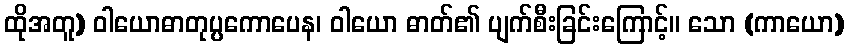
ထိုအတူ) ဝါယောဓာတုပ္ပကောပေန၊ ဝါယော ဓာတ်၏ ပျက်စီးခြင်းကြောင့်။ သော (ကာယော)